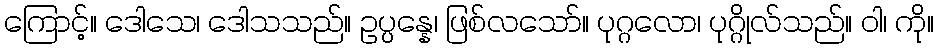
ကြောင့်။ ဒေါသေ၊ ဒေါသသည်။ ဥပ္ပန္နေ၊ ဖြစ်လသော်။ ပုဂ္ဂလော၊ ပုဂ္ဂိုလ်သည်။ ဝါ၊ ကို။